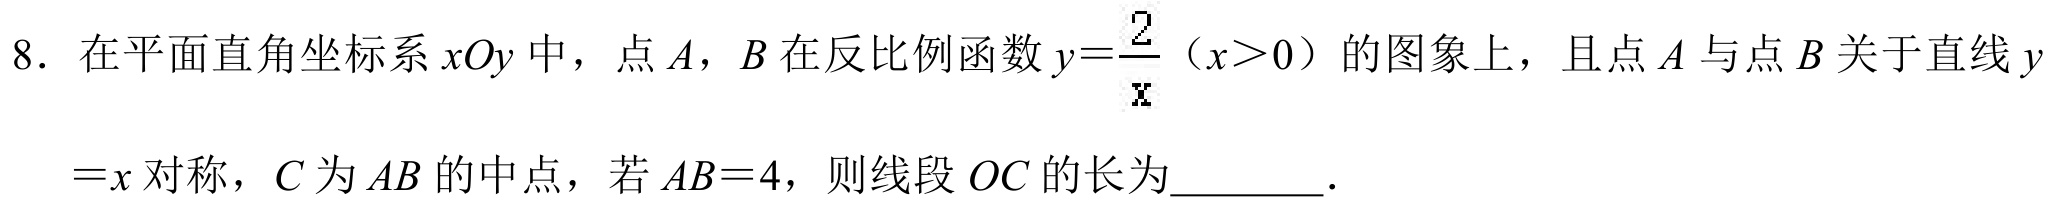
8. 在平面直角坐标系 \(xOy\) 中，点 \(A\)，\(B\) 在反比例函数 \(y = \frac{2}{x}\)（\(x>0\)）的图象上，且点 \(A\) 与点 \(B\) 关于直线 \(y\)
\(= x\) 对称，\(C\) 为 \(AB\) 的中点，若 \(AB = 4\)，则线段 \(OC\) 的长为  ．